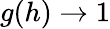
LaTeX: g(h)\to 1